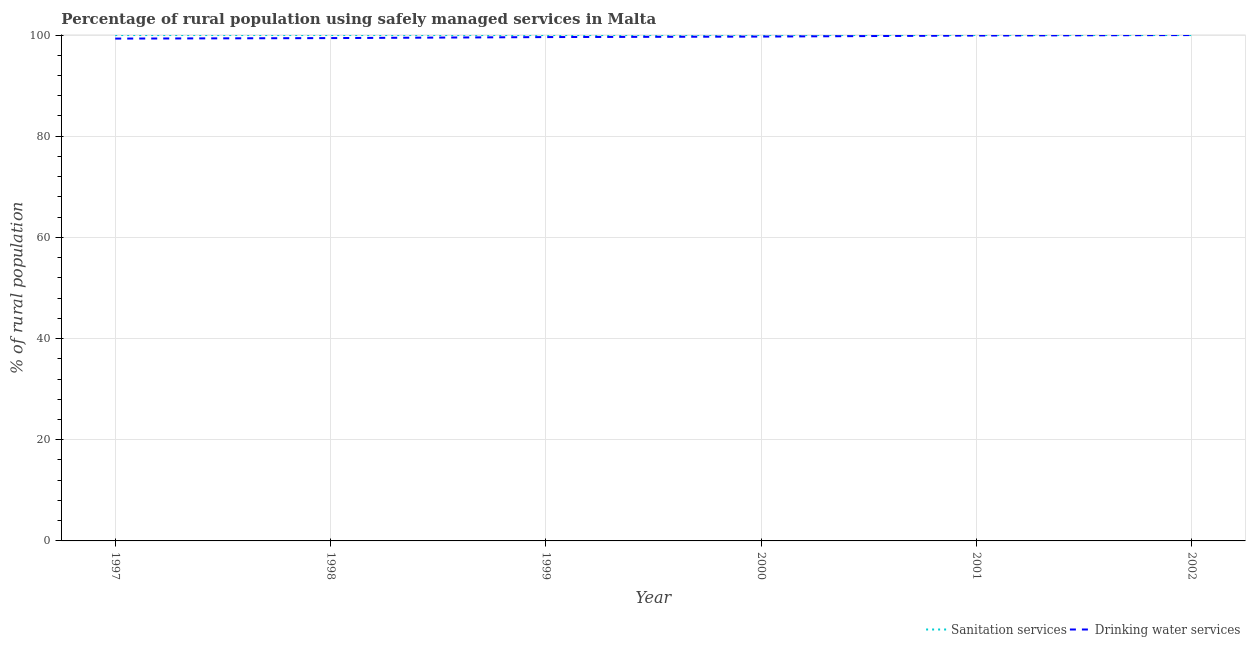
| Year | Sanitation services | Drinking water services |
 | --- | --- | --- |
 | 1997 | 100 | 99.3 |
 | 1998 | 100 | 99.4 |
 | 1999 | 100 | 99.6 |
 | 2000 | 100 | 99.7 |
 | 2001 | 100 | 99.9 |
 | 2002 | 100 | 100 |